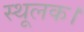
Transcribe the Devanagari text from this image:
स्थूलक।